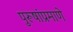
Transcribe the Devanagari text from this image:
पुरूषांप्रमाणे